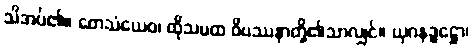
သိအပ်၏။ တေသံယေဝ၊ ထိုသမထ ဝိပဿနာတို့၏သာလျှင်။ ယုဂနဒ္ဓဋ္ဌော၊